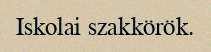
Iskolai szakkörök.